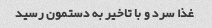
غذا سرد و با تاخیر به دستمون رسید